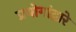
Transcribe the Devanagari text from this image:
प्रयोगांद्वारे